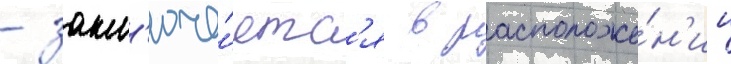
- закл'юча́етс'я в расположе́н'ии